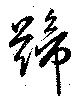
蹄